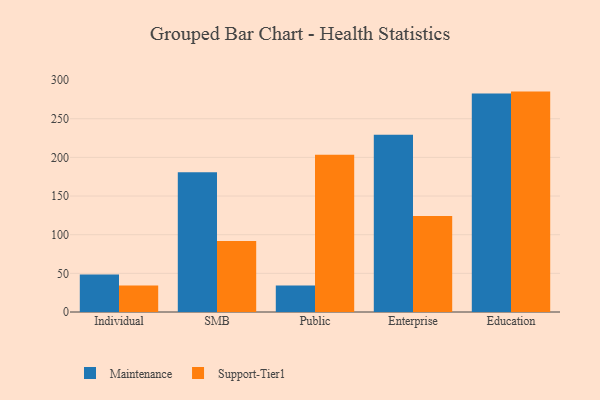
{"axis": {"x": "Segment", "y": "Demand Index"}, "legend": ["Maintenance", "Support-Tier1"], "data": [{"x": "Individual", "y": 48.4, "type": "Maintenance"}, {"x": "Individual", "y": 34.3, "type": "Support-Tier1"}, {"x": "SMB", "y": 180.7, "type": "Maintenance"}, {"x": "SMB", "y": 91.7, "type": "Support-Tier1"}, {"x": "Public", "y": 34.3, "type": "Maintenance"}, {"x": "Public", "y": 203.4, "type": "Support-Tier1"}, {"x": "Enterprise", "y": 229.4, "type": "Maintenance"}, {"x": "Enterprise", "y": 124.1, "type": "Support-Tier1"}, {"x": "Education", "y": 282.8, "type": "Maintenance"}, {"x": "Education", "y": 285.1, "type": "Support-Tier1"}]}